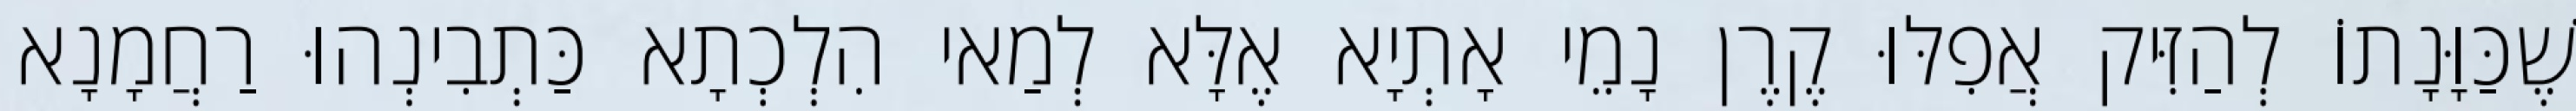
שֶׁכַּוָּנָתוֹ לְהַזִּיק אֲפִלּוּ קֶרֶן נָמֵי אָתְיָא אֶלָּא לְמַאי הִלְכְתָא כַּתְבִינְהוּ רַחֲמָנָא